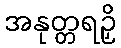
အနုတ္တရဉှိ